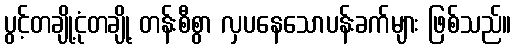
ပွင့်တချို့ငုံတချို့ တန်းစီစွာ လှပနေသောပန်းခက်များ ဖြစ်သည်။